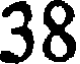
38